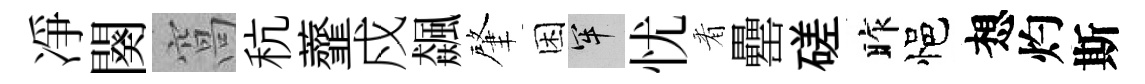
凈闋窩秔虀戍飆肇困牢忧㸔罍磋昨悒想灼斯